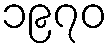
၁၉၇၀